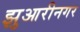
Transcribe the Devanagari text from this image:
झुआरीनगर